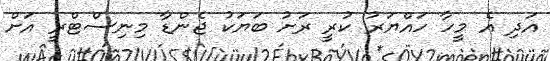
އަދި އެ މީހާ ހައްޔަރު ކުރީ ރަށު ބަޔަކު ޖެންޑާ މިނިސްޓްރީ އަށް